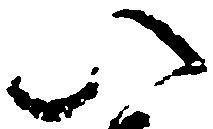
い